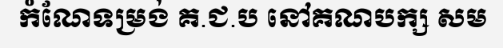
កំណែទម្រង់ គ.ជ.ប នៅគណបក្ស សម